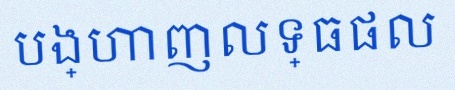
បង្ហាញលទ្ធផល